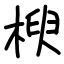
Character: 楰